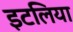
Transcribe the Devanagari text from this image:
इटलिया